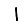
Digit: 1